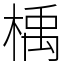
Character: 楀